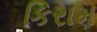
કિરામ